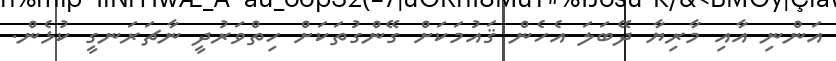
އަންނި އާއި މާރިޔާ ދޭބަލަ އެހެން ޤައުމަކަށް ގޭންގުތަކަށް ހިތްވަރުދީ ނާޗަރަނގީ ކުޅެން.